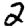
Digit: 2